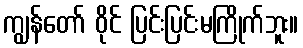
ကျွန်တော် ဝိုင် ပြင်းပြင်းမကြိုက်ဘူး။